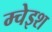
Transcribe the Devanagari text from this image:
म्चेइश